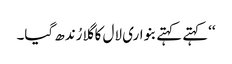
‘‘کہتے کہتے بنواری لال کا گلا رُندھ گیا۔